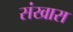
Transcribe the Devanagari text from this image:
संखारा